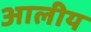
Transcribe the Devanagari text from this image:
आलीय